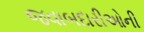
જવાબદારીઓની